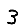
Digit: 3